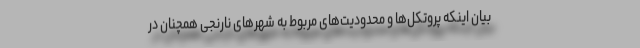
بیان اینکه پروتکل‌ها و محدودیت‌های مربوط به شهرهای نارنجی همچنان در